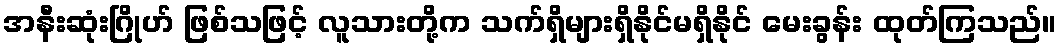
အနီးဆုံးဂြိုဟ် ဖြစ်သဖြင့် လူသားတို့က သက်ရှိများရှိနိုင်မရှိနိုင် မေးခွန်း ထုတ်ကြသည်။